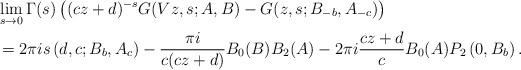
LaTeX: \begin{align*}& \lim_{s\rightarrow0}\Gamma(s)\left( (cz+d)^{-s}G(Vz,s;A,B)-G(z,s;B_{-b},A_{-c})\right) \\& =2\pi is\left( d,c;B_{b},A_{c}\right) -\frac{\pi i}{c(cz+d)}B_{0}(B)B_{2}(A)-2\pi i\frac{cz+d}{c}B_{0}(A)P_{2}\left( 0,B_{b}\right).\end{align*}